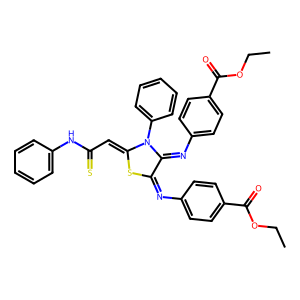
SMILES: CCOC(=O)c1ccc(N=C2SC(=CC(=S)Nc3ccccc3)N(c3ccccc3)C2=Nc2ccc(C(=O)OCC)cc2)cc1
Inhibits HIV replication: No